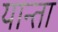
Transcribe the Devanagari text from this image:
यान्ता